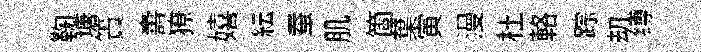
鞠塘簀夀獠嬉紜蚕肌箇葉寅漫杜輅踪刧缚